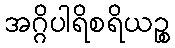
အဂ္ဂိပါရိစရိယဉ္စ